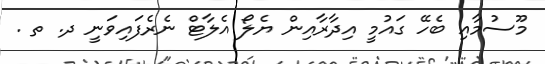
މޫސުމާއި ބެހޭ ގައުމީ އިދާރާއިން ޔެލޯ އެލާޓް ނެރެފައިވަނީ ދ. ތ .